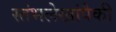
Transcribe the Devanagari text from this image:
स्तंभलेखांपैकी